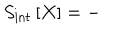
S _ { \mathrm { i n t } } \left[ X \right] = -